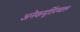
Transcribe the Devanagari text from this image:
अनेकमूर्तिरव्यक्तः